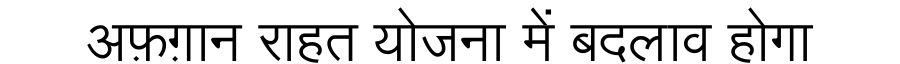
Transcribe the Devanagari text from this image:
अफ़ग़ान राहत योजना में बदलाव होगा